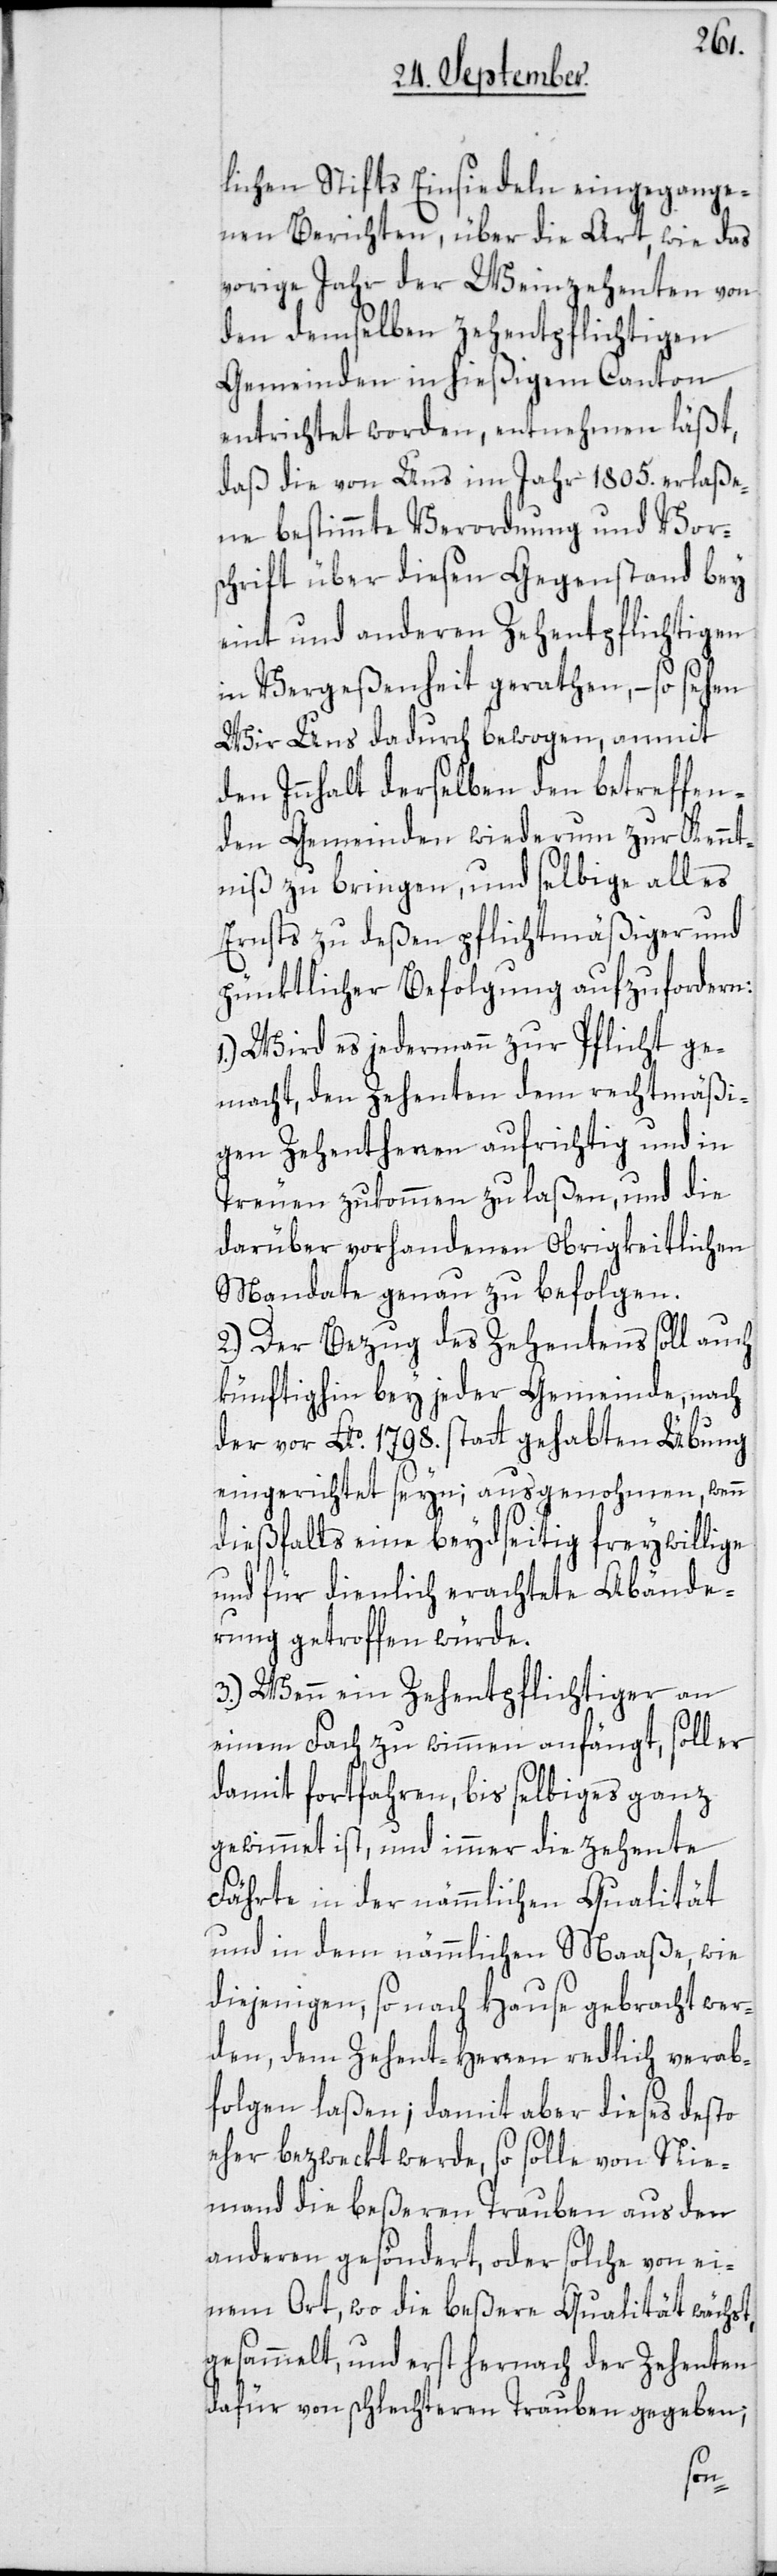
lichen Stifts Einsiedeln eingegange¬
nen Berichten, über die Art, wie das
vorige Jahr der Weinzehenten von
den demselben zehentpflichtigen
Gemeinden in hießigem Canton
entrichtet worden, entnehmen läßt,
daß die von Uns im Jahr 1805. erlaße¬
ne bestimmte Verordnung und Vors¬
chrift über diesen Gegenstand bey
eint und anderen Zehentpflichtigen
in Vergeßenheit gerathen, – so sehen
Wir Uns dadurch bewogen, anmit
den Innhalt derselben den betreffen¬
den Gemeinden wiederum zur Kennt¬
niß zu bringen, und selbige alles
Ernsts zu deßen pflichtmäßiger und
pünktlicher Befolgung aufzufordern:
1.) Wird es jedermann zur Pflicht ge¬
macht, den Zehenten dem rechtmäßi¬
gen Zehentherren aufrichtig und in
Treuen zukommen zu laßen, und die
darüber vorhandenen Obrigkeitlichen
Mandate genau zu befolgen.
2.) Der Bezug des Zehentens soll auch
künftighin bey jeder Gemeinde, nach
der vor Ao. 1798. statt gehabten Übung
eingerichtet seyn; ausgenohmen, wenn
dießfalls eine beydseitig freywillige
und für dienlich erachtete Abände¬
rung getroffen würde.
3.) Wenn ein Zehentpflichtiger an
einem Fach zu wimmen anfängt, soll er
damit fortfahren, bis selbiges ganz
gewimmet ist, und immer die zehente
Fährte in der nämmlichen Qualität
und in dem nämmlichen Maaße, wie
diejenigen, so nach Hause gebracht wer¬
den, dem Zehent-Herren redlich verab¬
folgen laßen; damit aber dieses desto
eher bezweckt werde, so solle von Nie¬
mand die beßeren Trauben aus den
anderen gesöndert, oder solche von ei¬
nem Ort, wo die beßere Qualität wächst,
gesammelt, und erst hernach der Zehenten
dafür von schlechteren Trauben gegeben;